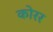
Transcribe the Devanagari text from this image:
कोरर